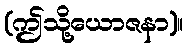
(ဤသို့ယောဇနာ)။